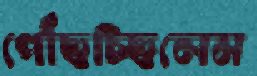
পৌঁছচ্ছিলেম